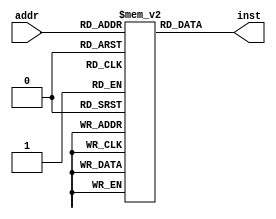
module instruction_memory(input [7:0] addr, output reg [15:0] inst);

    reg [15:0] memory[255:0];  // 256 16-byte words of memory

    initial begin
	     //Calculates Fib(3)
       memory[0] <= 16'b0100_0001_0000_0011; // addi $r1, $r0, 3
       memory[1] <= 16'b0100_0010_0000_0000; // addi $r2, $r0, 0
       memory[2] <= 16'b0100_0100_0000_0001; // addi $r4, $r0, 1
       memory[3] <= 16'b1001_0000_0001_0110; // beqz $r1, +6
       memory[4] <= 16'b0100_0011_0010_0000; //addi $r3, $r2, 0
       memory[5] <= 16'b0100_0010_0100_0000; //addi $r2, $r4, 0
       memory[6] <= 16'b0000_0100_0010_0011; //add $r4, $r2, $r3
		   memory[7] <= 16'b0101_0001_0001_0001; //subi $r1, $r1, 1
		   memory[8] <= 16'b1001_0000_0000_1011; //beqz $r0, -5
		   memory[9] <= 16'b1100_0000_0100_0000; //halt $r4

    end

    always @(addr) begin
       inst = memory[addr];
    end

endmodule